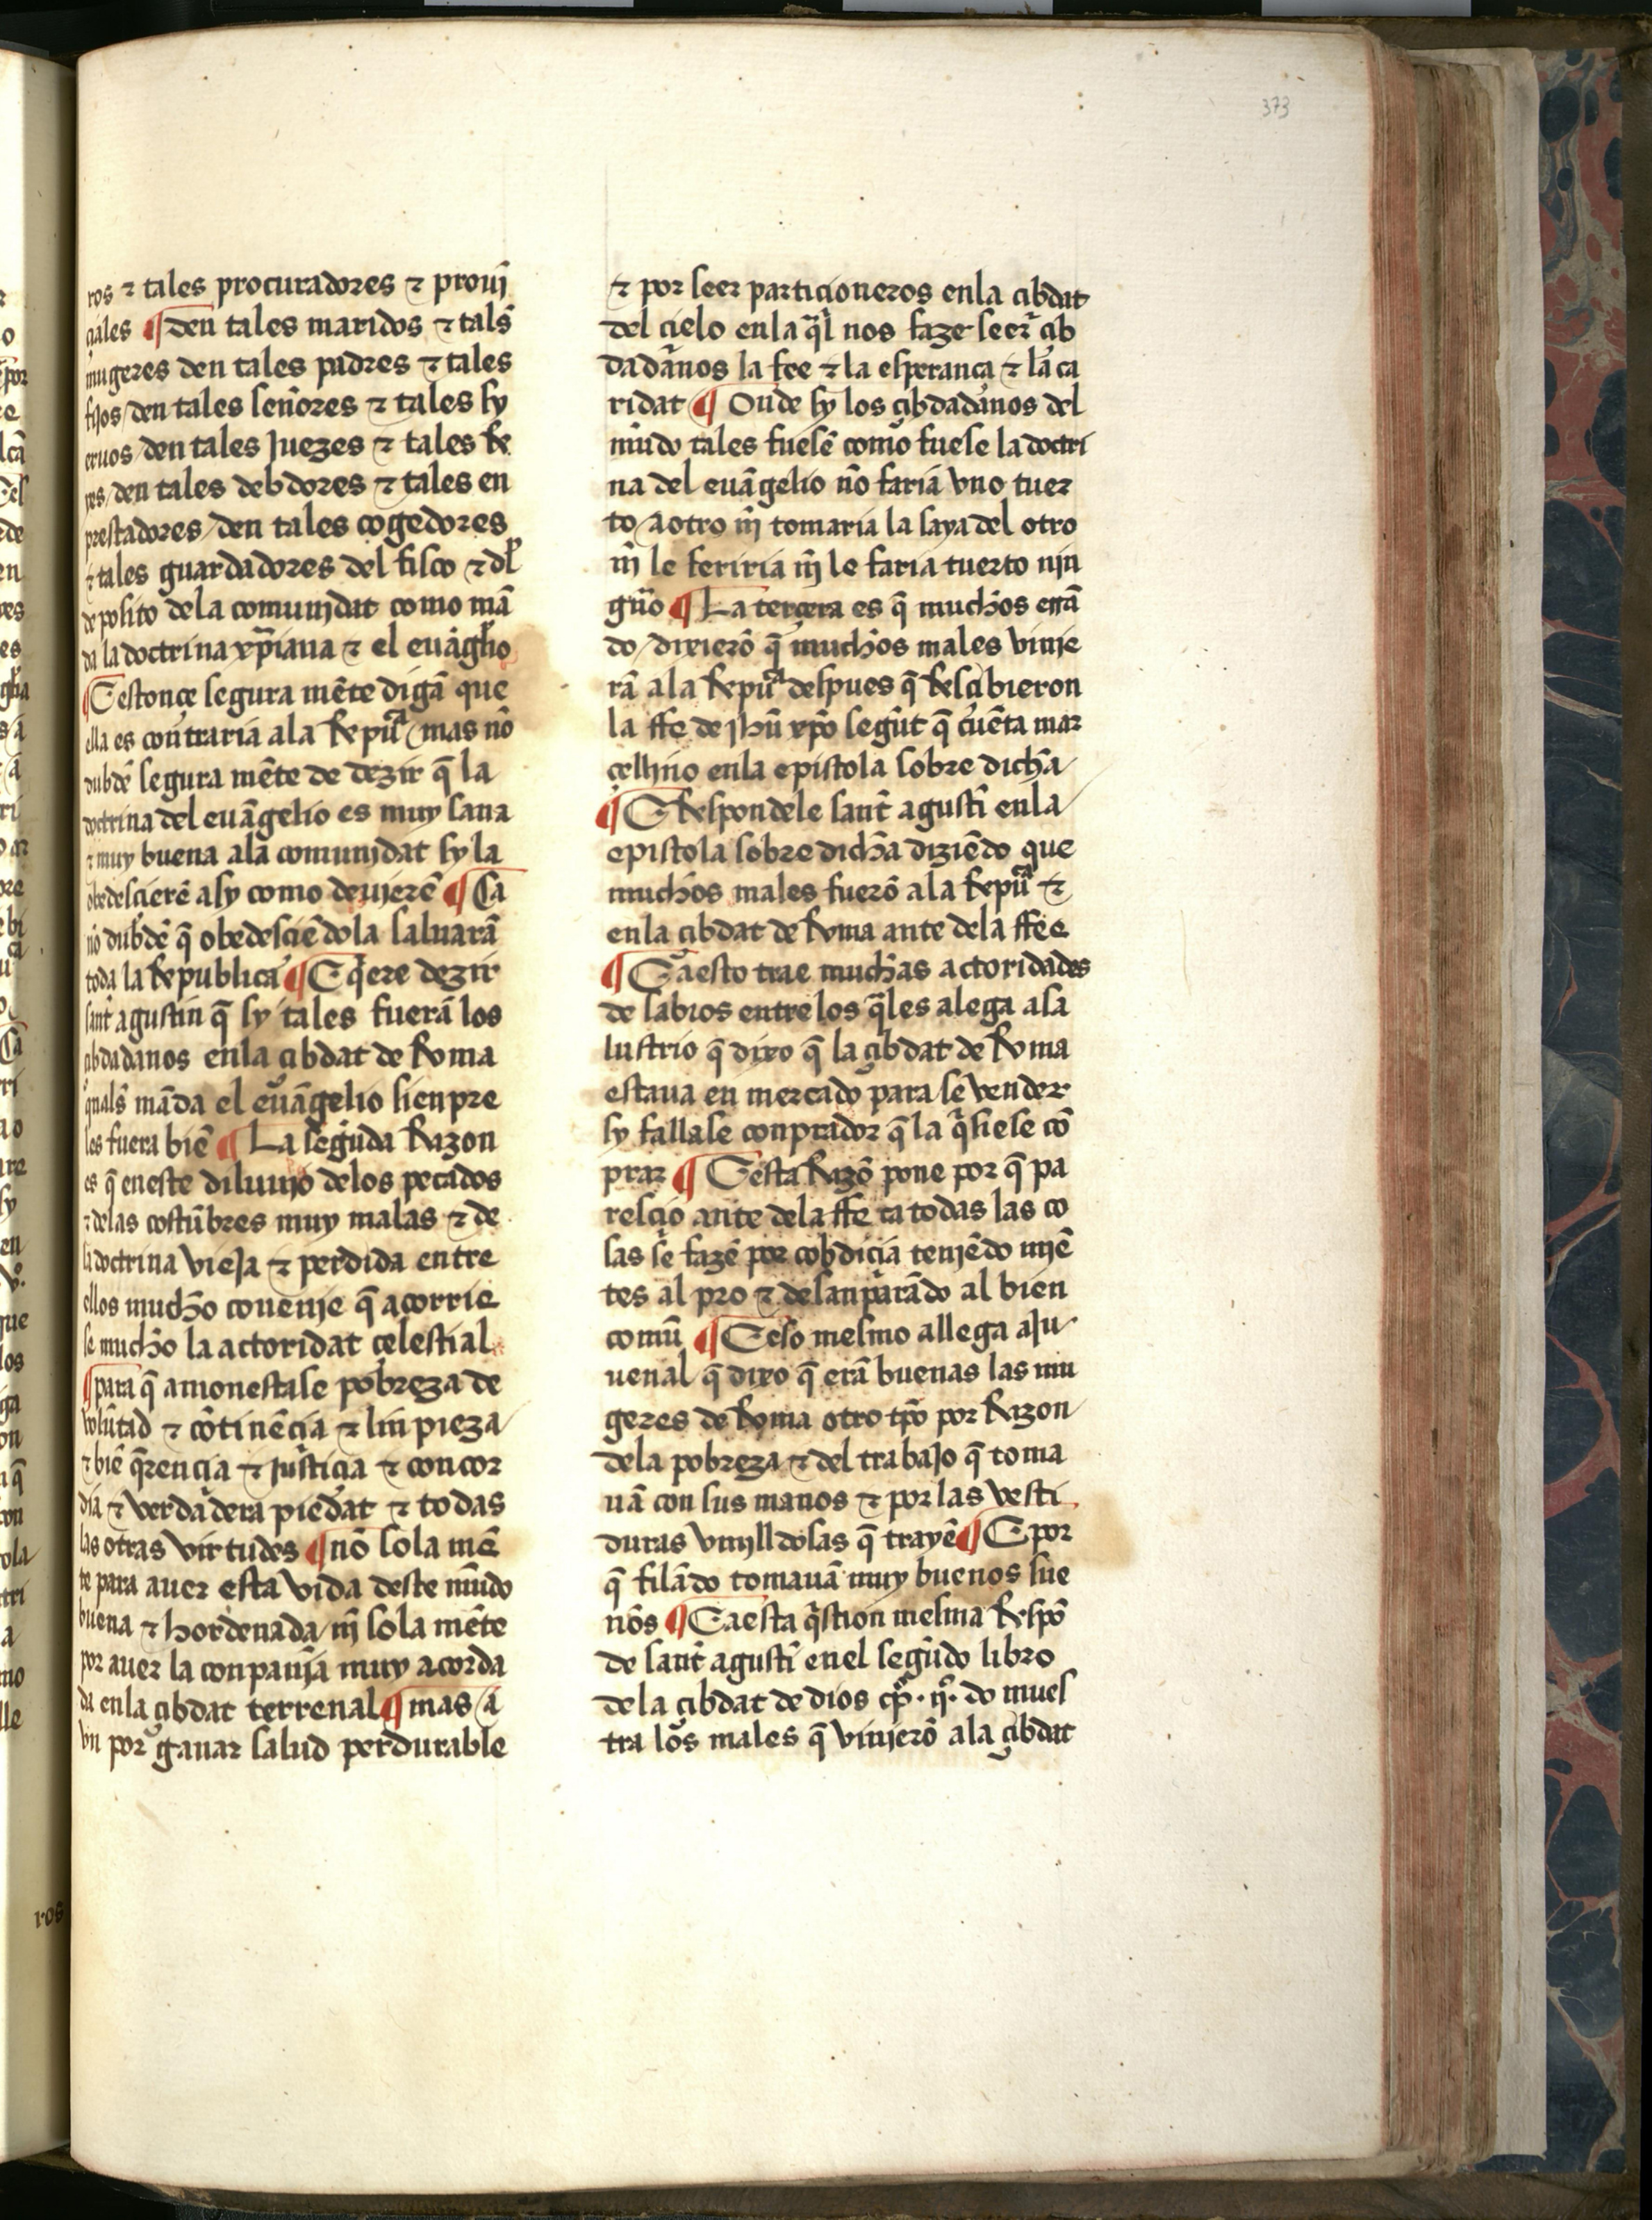
Shelfmark: Salamanca, Biblioteca Histórica USAL, 2709
Century: 15